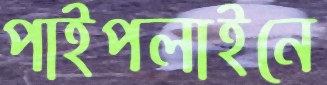
পাইপলাইনে